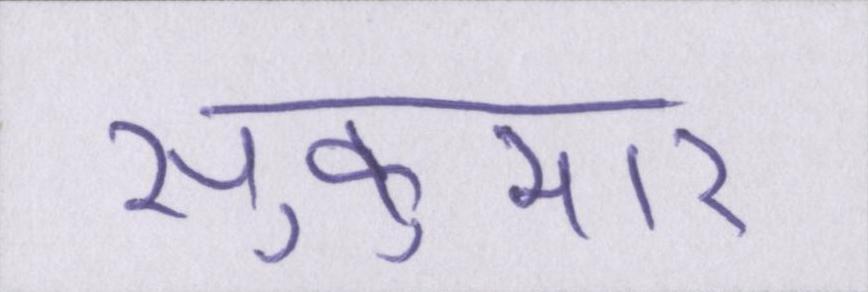
सुकुमार